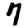
Digit: 7